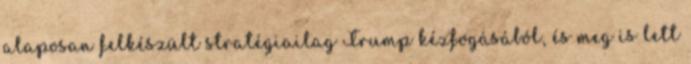
alaposan felkészült stratégiailag Trump kézfogásából, és meg is lett